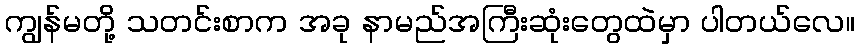
ကျွန်မတို့ သတင်းစာက အခု နာမည်အကြီးဆုံးတွေထဲမှာ ပါတယ်လေ။